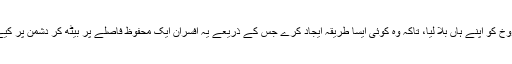
اسی لیے انہوں نے ایک ٹی وی انجنیئر والٹر بُروخ کو اپنے ہاں بلا لیا، تاکہ وہ کوئی ایسا طریقہ ایجاد کرے جس کے ذریعے یہ افسران ایک محفوظ فاصلے پر بیٹھ کر دشمن پر کیے جانے والے راکٹ حملوں پر نظر رکھ سکیں۔